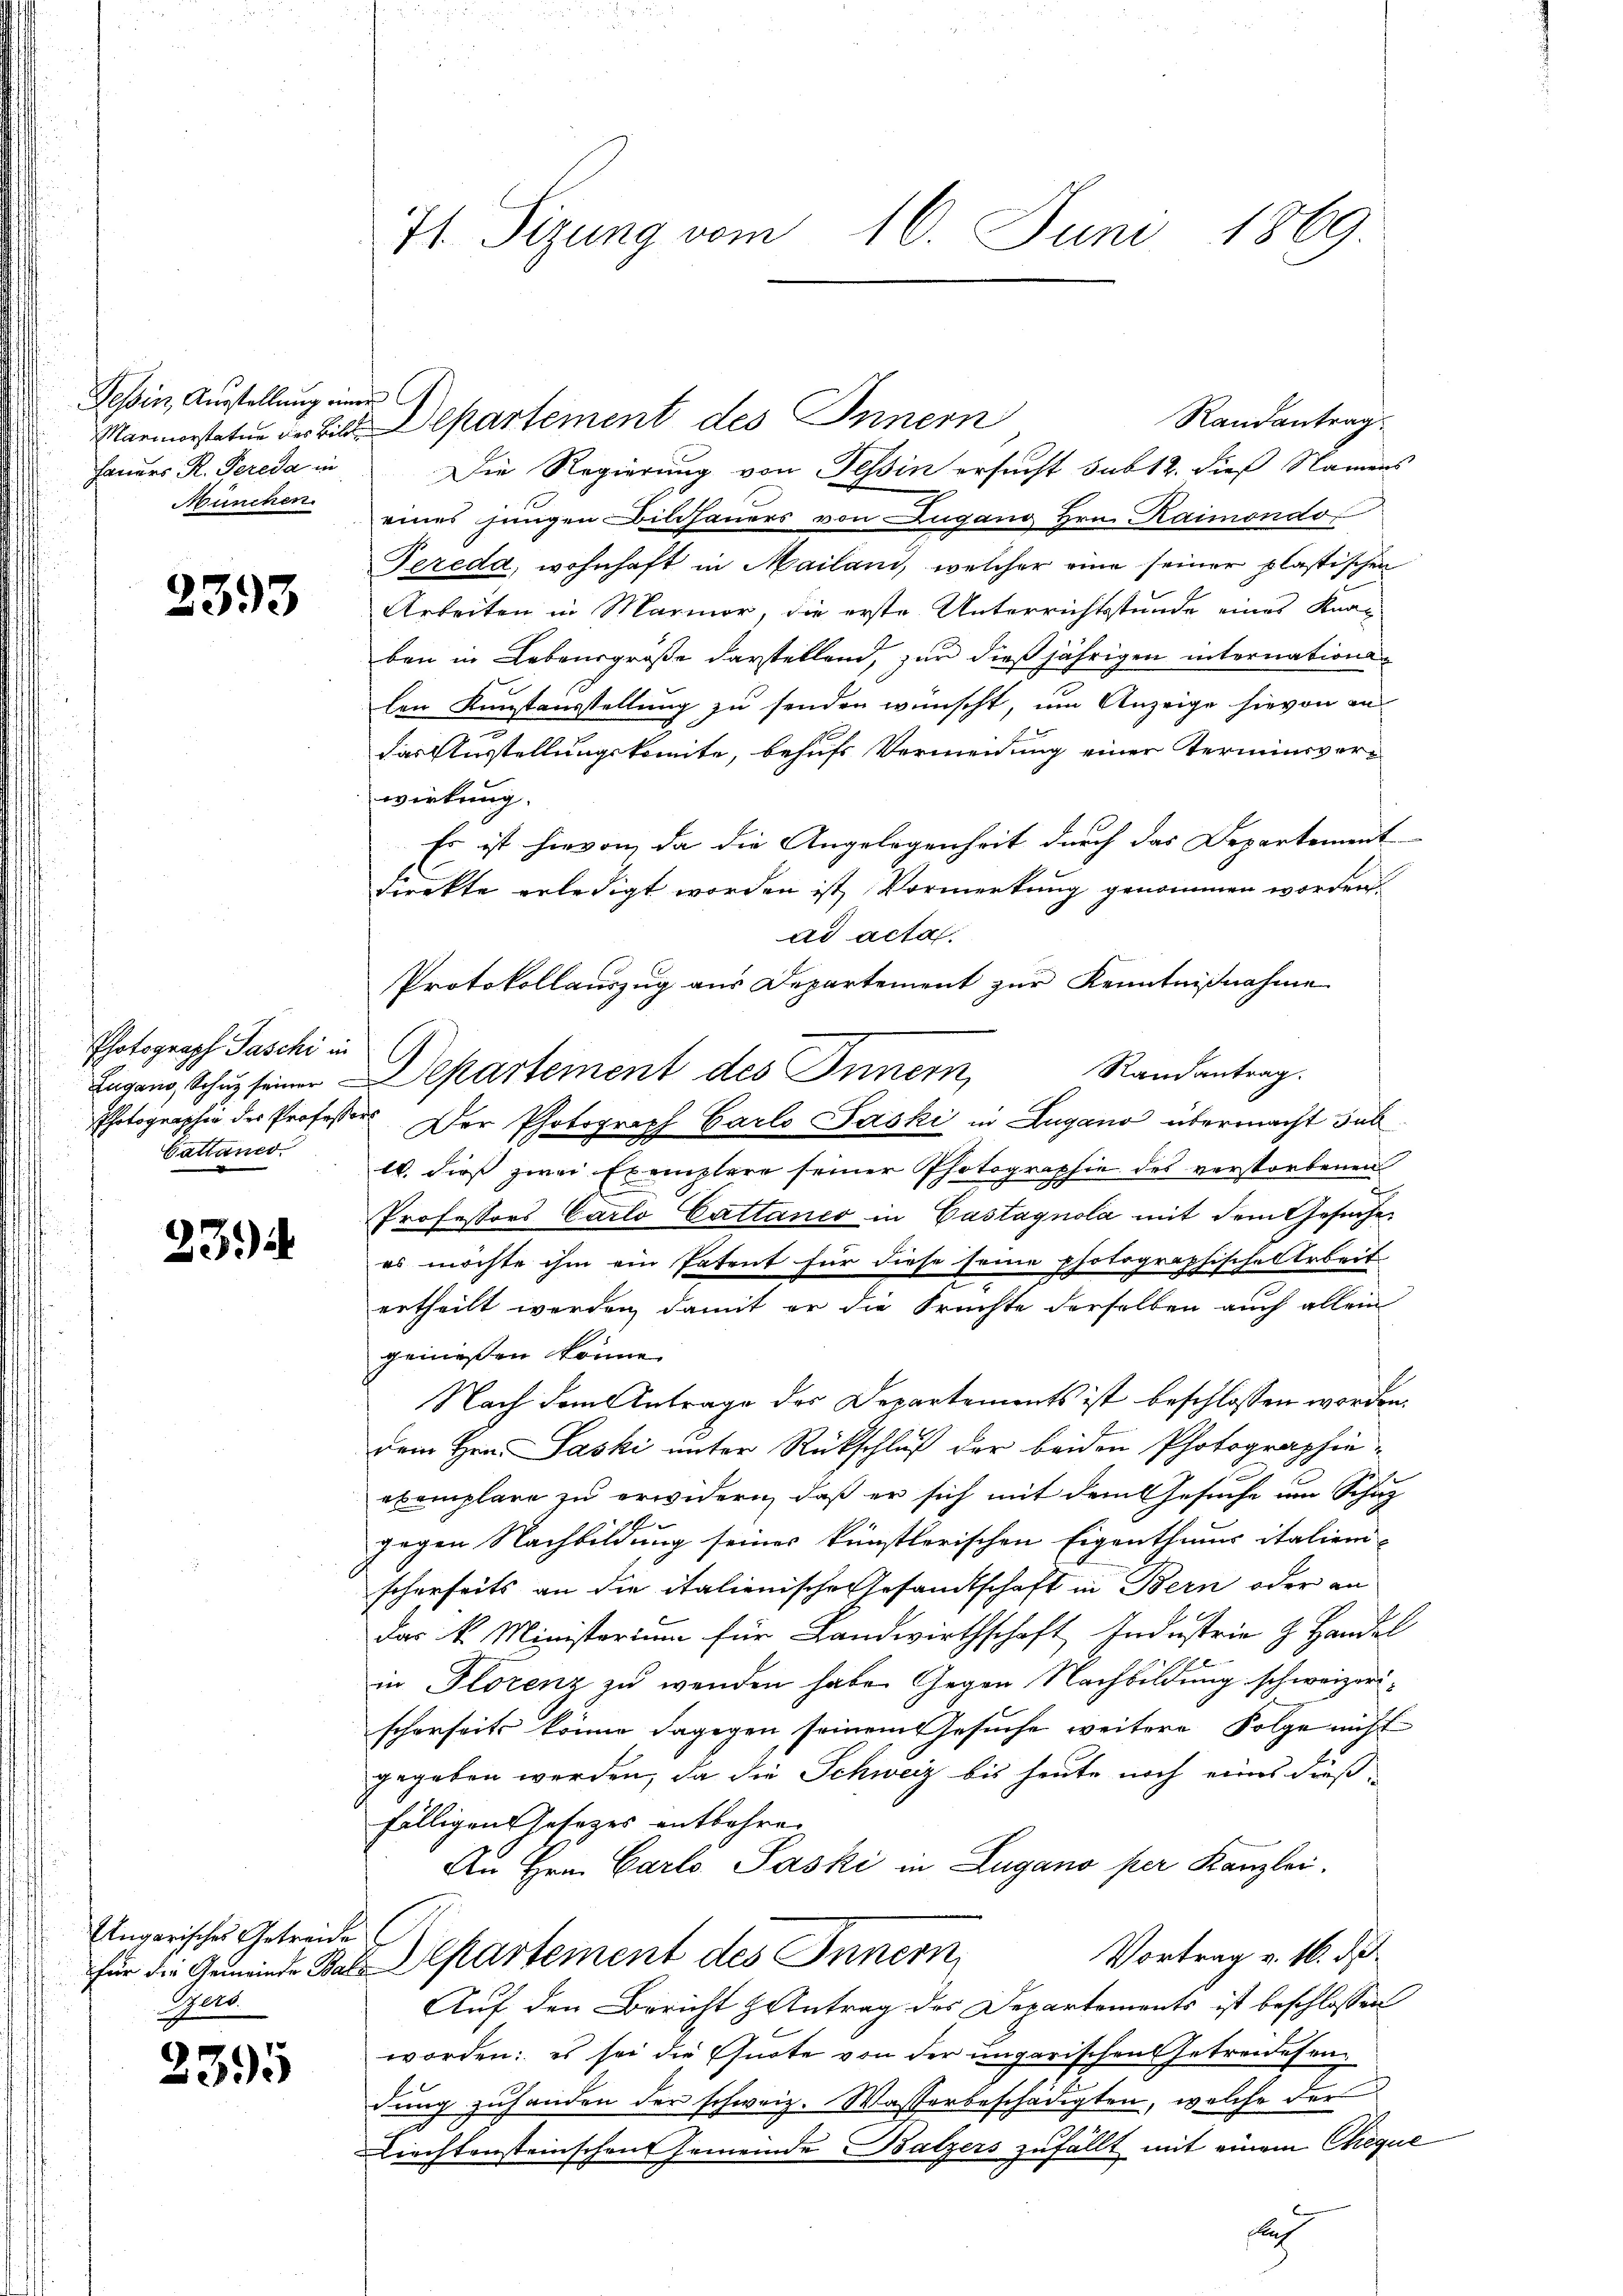
Tessin, Ausstellung einer
Marinerstatur des Bilde
handers R. Pereda in
München.

2393

Photograph Paschi in
Zugano Schuz seiner
Photographie des Professo
Gattaner.

23.)

Ungarisches Getreide
für die Gemeinde Bala
Bert

2395

t

71 Sizung vom 16. Juni 1869

Randantrag
Alpartement des Innern
Die Regierung von Tessin ersucht sub 12. dieß Namens
eines jungen Bildhauers von Lugang Hrn. Kaimondo
Pereda, wohnhaft in Mailand, welcher eine seiner plastischen
Arbeiten in Marmor, die erste Unterrichtsstunde eines Knax
ben in Lebensgroße darstellend, zur dießjährigen internationalen Kunstausstellung zu senden wünscht, um Anzeige hievon an
das Ausstellungskomite, behufs Vermeidung einer Terminsverwirkung.
Es ist hievon, da die Angelegenheit durch das Departement
direkte erledigt worden ist, Vormerkung genommen worden.
ad acta.
Protokollauszug aus Departement zur Kenntnißnahme
C
Randantrag.
Departement des Innern,
 Der Photograph Carlo Jaski in Lugano übermacht sub
l. dieß zwei Exemplare seiner Photographie des verstorbenen
Professors Carlo Cattanco in Gastagnola mit dem Gesuche
es möchte ihm ein Patent für diese seine photographischel Arbeit
ertheilt werden, damit er die Brachte derselben auch allein
gemessen könne.
Nach dem Antrage des Departements ist beschlossen worden.
dem Hrn. Paski unter Rückschluß der beiden Photographieexemplare zu erwidern, daß er sich mit dem Gesuche im Schuz
gegen Nachbildung seines künstlerischen Eigenthums italien-
scherseits an die italienische Gesandtschaft in Bern oder an
das k. Ministerium für Landwirthschaft Industrie z. Handel
in Florenz zu wenden habe. Gegen Nachbildung schweizerischerseits könne dagegen seinem Gesuche weitere Folge nicht
gegeben werden, da die Schweiz bis heute noch eines dießfälligen Gesezes entbehren
An Hrn. Carlo Paski in Lugano per Kanzlei.
Vortrag v. 16. de
Aepartement des Innern
Auf den Bericht Antrag des Departements ist beschlossen
worden: es sei die Quote von der ungarischen Getreidesendung zuhanden der schweiz. Wasserbeschädigten, welche der
s
liechtensteinschen Gemeinde Balzers zufällt mit einem Cheque
fuch

G